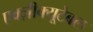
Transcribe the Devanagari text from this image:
एक्ज़ीक्यूटेबल